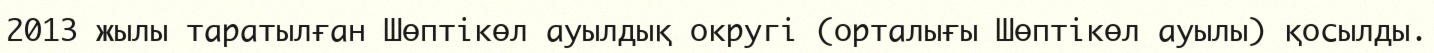
2013 жылы таратылған Шөптікөл ауылдық округі (орталығы Шөптікөл ауылы) қосылды.